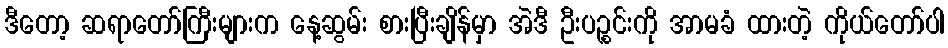
ဒီတော့ ဆရာတော်ကြီးများက နေ့ဆွမ်း စားပြီးချိန်မှာ အဲဒီ ဦးပဉ္စင်းကို အာမခံ ထားတဲ့ ကိုယ်တော်ပါ